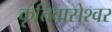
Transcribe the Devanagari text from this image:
कृत्तिवासेश्वर